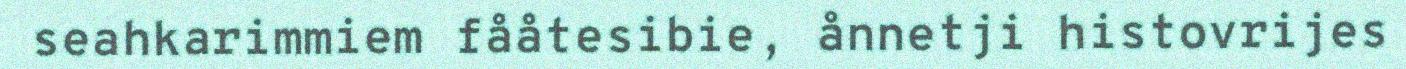
seahkarimmiem fååtesibie, ånnetji histovrijes